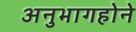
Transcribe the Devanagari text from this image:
अनुभागहोने